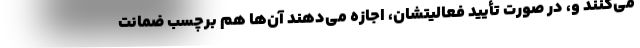
می‌کنند و، در صورت تأیید فعالیتشان، اجازه می‌دهند آن‌ها هم برچسب ضمانت